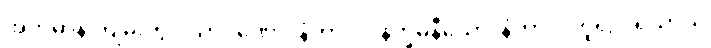
အဘိဓာန် ကျမ်းတွင် သာဝဏော၊ နံကာလ၊ နိက္ခမနီယော၊ နံကာလဟူ၍ ပရိယာယ်